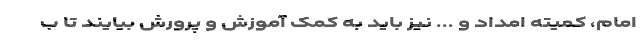
امام، کمیته امداد و ... نیز باید به کمک آموزش و پرورش بیایند تا ب